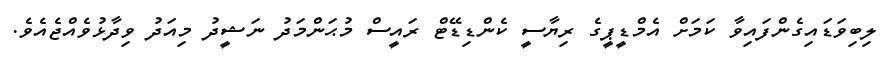
ލިބިވަޑައިގެންފައިވާ ކަމަށް އެމްޑީޕީގެ ރިޔާސީ ކެންޑިޑޭޓް ރައީސް މުޙަންމަދު ނަޝީދު މިއަދު ވިދާޅުވެއްޖެއެވެ.